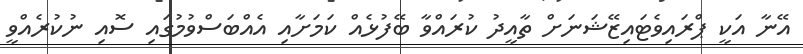
އޭނާ އަކީ ޕްރައިވެޓައިޒޭޝަނަށް ތާއީދު ކުރައްވާ ބޭފުޅެއް ކަމަށާއި އެއްބަސްވުމުގައި ސޮއި ނުކުރެއްވީ